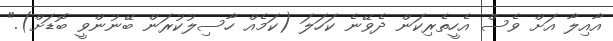
އާއިލާ އަށް ވެސް އެހީތެރިކަން ދެވޭނެ ކަހަލަ (ކަމެއް ހާސިލުކުރަން ބޭނުންވީ ބޮޑަށް)."